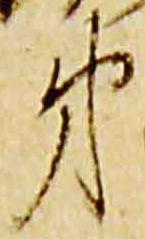
第